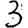
Digit: 3